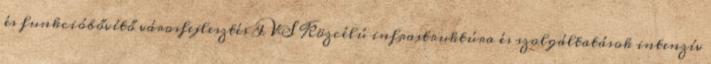
és funkcióbővítő városfejlesztés IVS Közcélú infrastruktúra és szolgáltatások intenzív